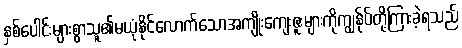
နှစ်ပေါင်းများစွာသူ၏မယုံနိုင်လောက်သောအကျိုးကျေးဇူးများကိုကျွန်ုပ်တို့ကြားခဲ့ရသည်